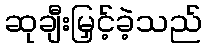
ဆုချီးမြှင့်ခဲ့သည်